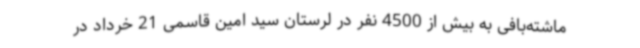
ماشته‌بافی به بیش از 4500 نفر در لرستان سید امین قاسمی 21 خرداد در